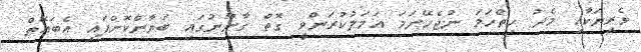
ވެރިޔަކާއި މެދު ހިތްހަަމަ ނުޖެހޭނަމަ އަމަލުކުރަންވީ ގޮތް ގާނޫނުގައި ބަޔާންކޮށްފައި އެބައޮތް